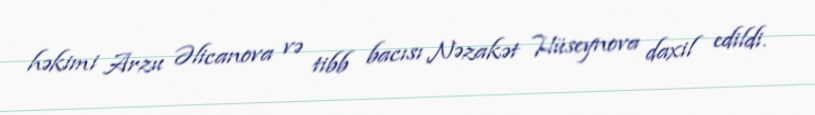
həkimi Arzu Əlicanova və tibb bacısı Nəzakət Hüseynova daxil edildi.